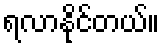
ရလာနိုင်တယ်။